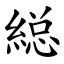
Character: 縂